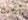
بذاته